Leningradi_Edasi_toimetus, lk 108
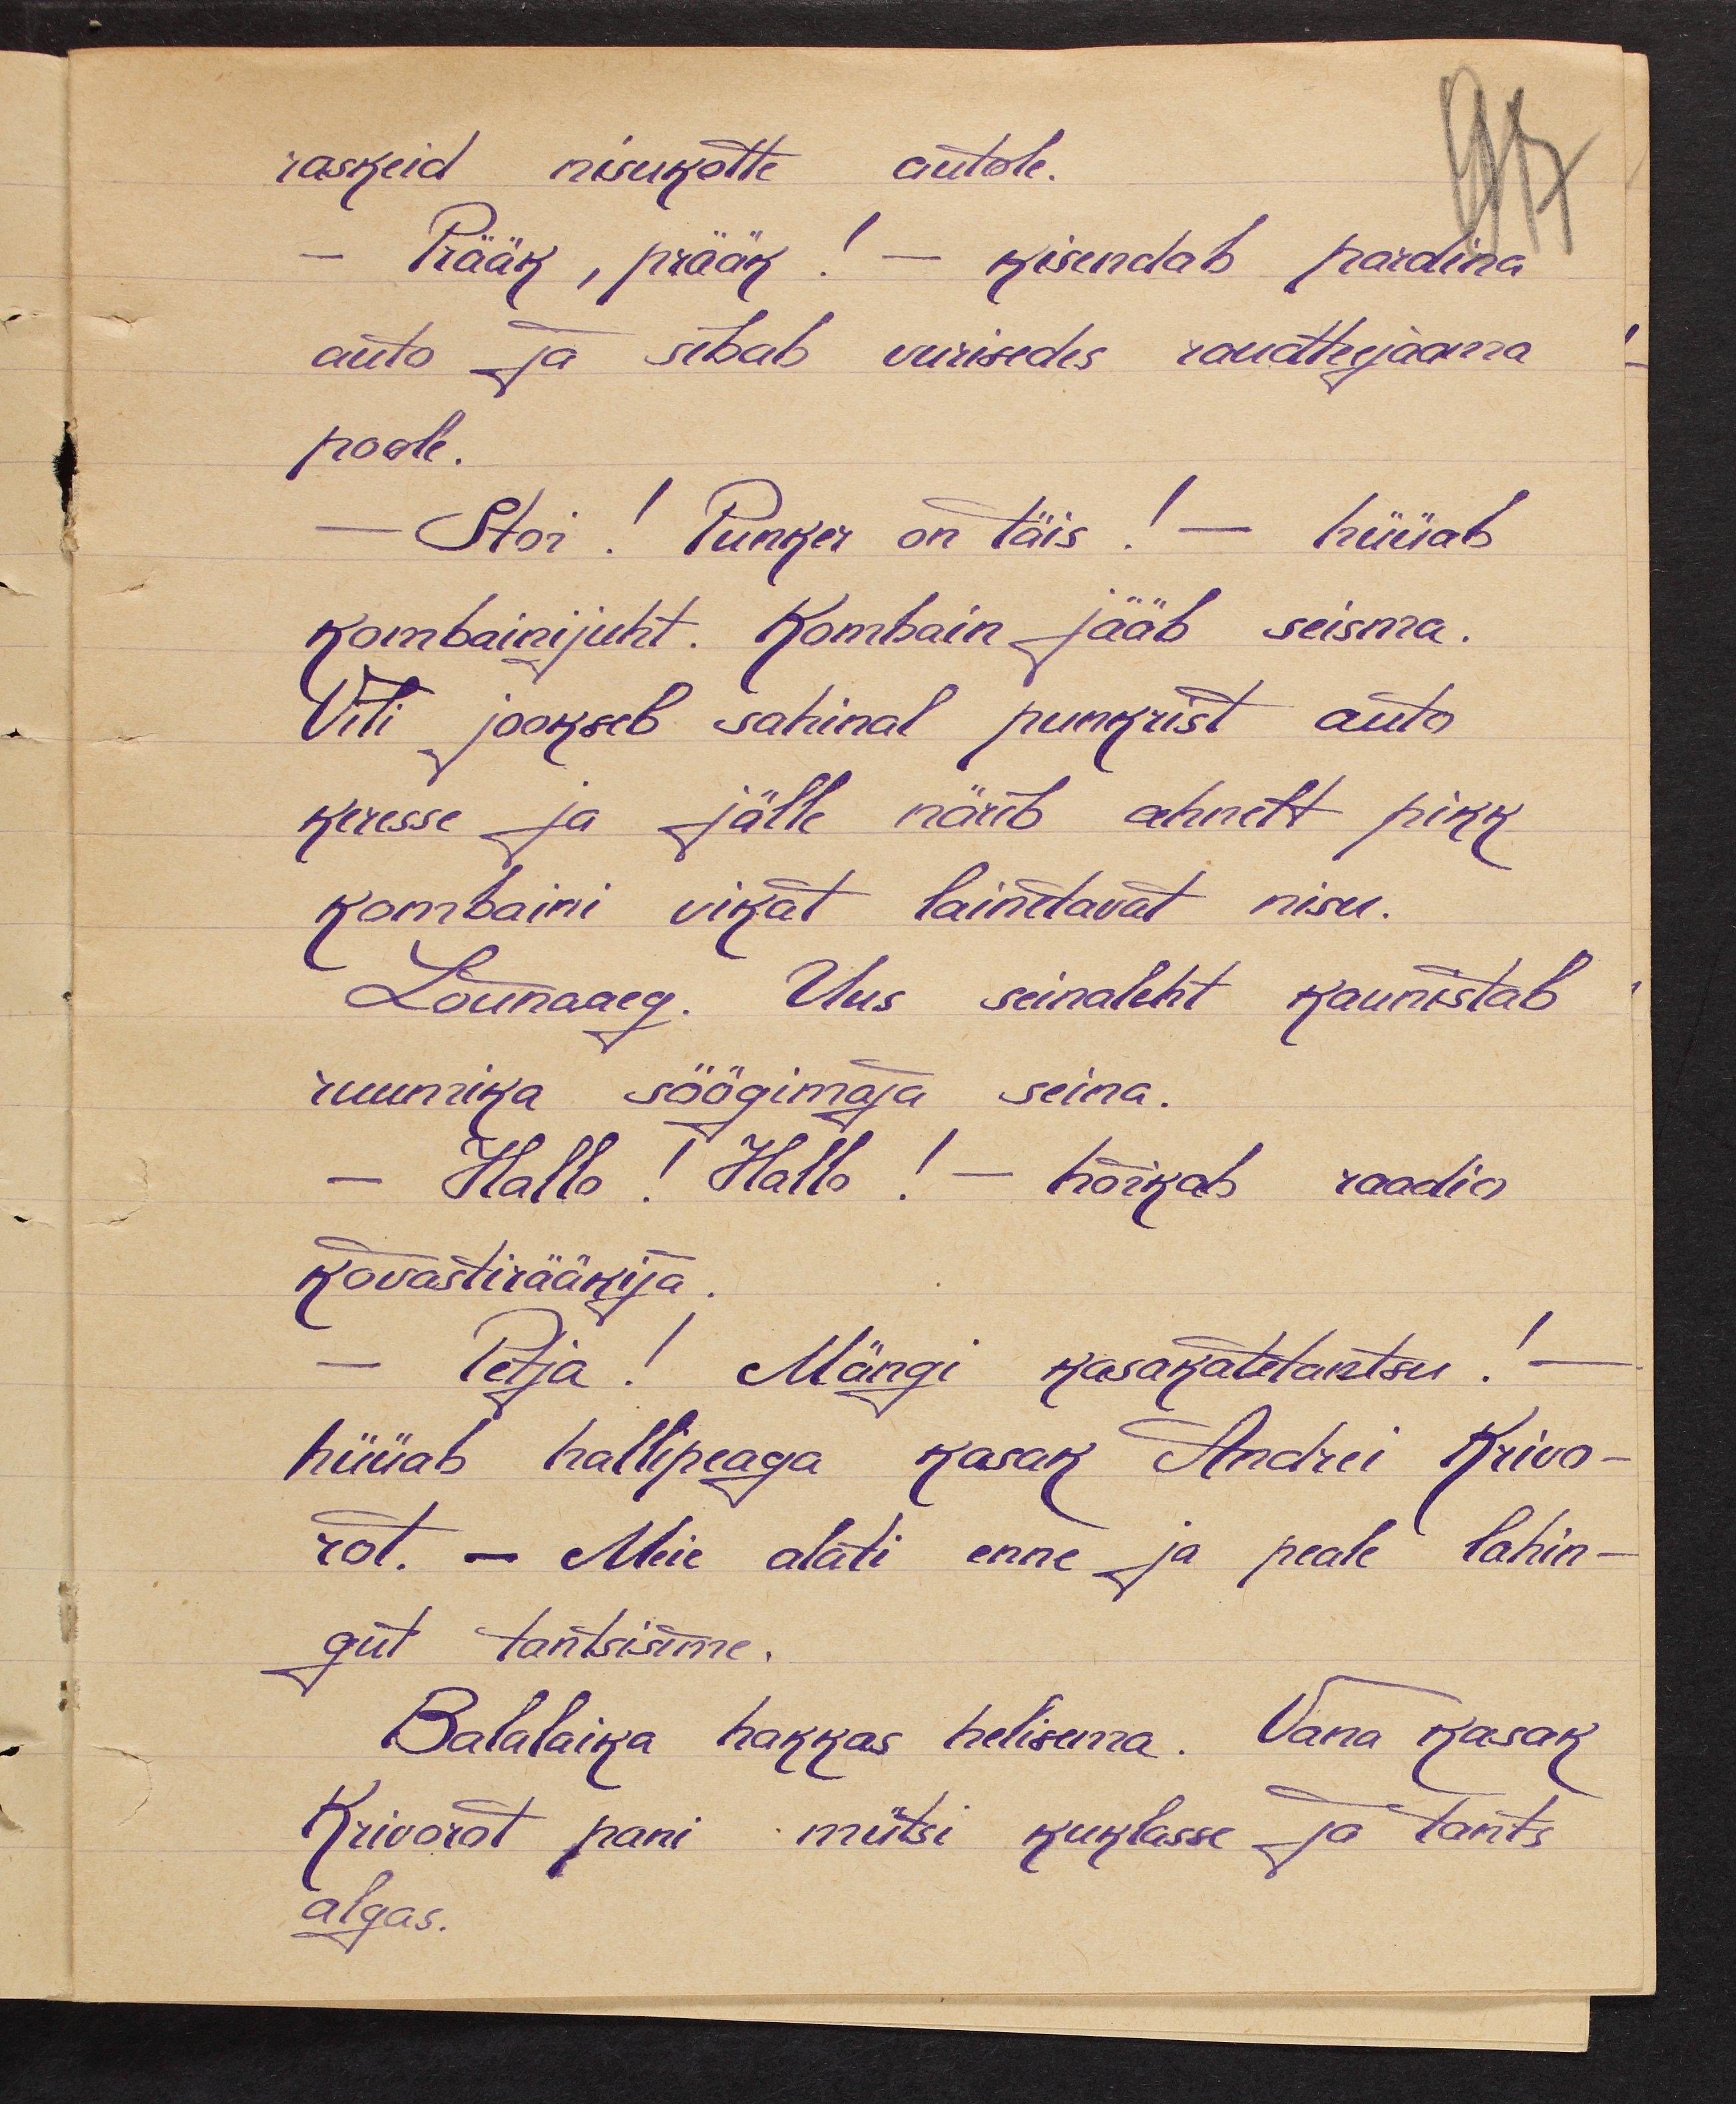
raskeid nisukotte autole.
- Prääk, prääk! - kisendab pardina
auto ja sibab vurisedes raudteejaama
poole.
- Stoi! Punker on täis! - hüüab
kombainijuht. Kombain jääb seisma.
Vili jookseb sahinal punkrist auto
keresse ja jälle närib ahnelt pikk
kombaini vikat lainetavat nisu.
Lõunaaeg. Uus seinaleht kaunistab
ruumika söögimaja seina.
- Hallo! Hallo! - hõikab raadio
kõvastirääkija.
- Petja! Mängi kasakatetantsu! -
hüüab hallipeaga kasak Andrei Krivo-
rot. - Meie alati enne ja peale lahin-
gut tantsisime.
Balalaika hakkas helisema. Vana kasak
Krivorot pani mütsi kuklasse ja tants
algas.